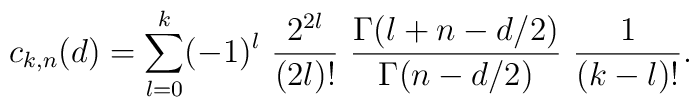
c_{k,n}(d)=\sum_{l=0}^k (-1)^l~{2^{2l} \over (2l)!}~{\Gamma(l+n-d/2) \over \Gamma(n-d/2)}~ {1 \over (k-l)!}.